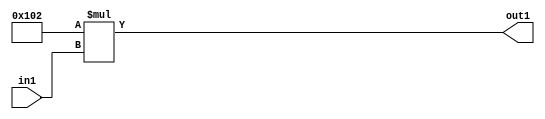
`timescale 1ps / 1ps
/*****************************************************************************
    Verilog RTL Description
    
    
    Created by: Stratus DpOpt 2019.1.01 
*******************************************************************************/

module DC_Filter_Mul_12U_81_4 (
	in1,
	out1
	); /* architecture "behavioural" */ 
input [3:0] in1;
output [11:0] out1;
wire [11:0] asc001;

assign asc001 = 
	+(12'B000100000010 * in1);

assign out1 = asc001;
endmodule

/* CADENCE  urnyQgE= : u9/ySgnWtBlWxVPRXgAZ4Og= ** DO NOT EDIT THIS LINE ******/